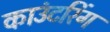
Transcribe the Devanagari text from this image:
काउंटरिंग